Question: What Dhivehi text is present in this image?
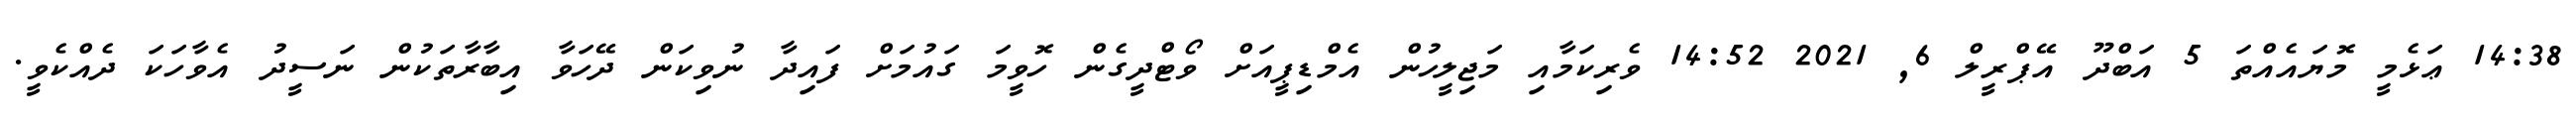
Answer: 14:38 ޢަޅެމީ މޮޔައެއްތަ 5 އަބްދޫ އޭޕްރީލް 6, 2021 14:52 ވެރިކަމާއި މަޖިލީހުން އެމްޑިޕީއަށް ވޯޓްދީގެން ހޮވީމަ ގައުމަށް ފައިދާ ނުވިކަން ދޭހަވާ އިބާރާތަކުން ނަސީދު އެވާހަކަ ދެއްކެވީ.